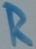
Text: R